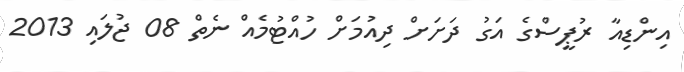
އިންޑިއާ ރުޕީސްގެ އަގު ދަށަށް ދިއުމަށް ހުއްޓުމެއް ނެތް 08 ޖުލައި 2013